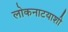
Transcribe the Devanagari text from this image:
लोकनाटयाशी